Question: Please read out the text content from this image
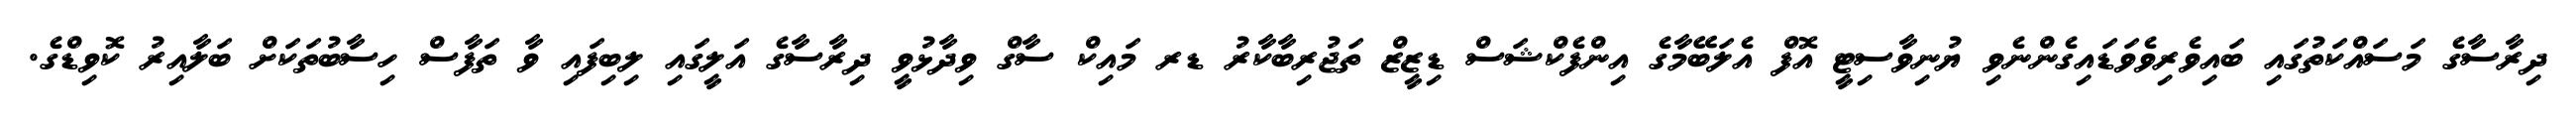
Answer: ދިރާސާގެ މަސައްކަތުގައި ބައިވެރިވެވަޑައިގެންނެވި ޔުނިވާސިޓީ އޮފް އެލަބޭމާގެ އިންފެކްޝަސް ޑިޒީޒް ތަޖުރިބާކާރު ޑރ މައިކް ސާގް ވިދާޅުވީ ދިރާސާގެ އަލީގައި ލިބިފައި ވާ ތަފާސް ހިސާބުތަކަށް ބަލާއިރު ކޮވިޑްގެ.